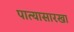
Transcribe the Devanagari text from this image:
पात्यासारखा